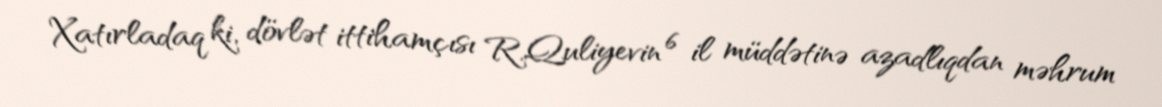
Xatırladaq ki, dövlət ittihamçısı R.Quliyevin 6 il müddətinə azadlıqdan məhrum